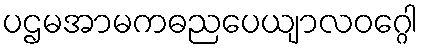
ပဌမအာမကဓညပေယျာလဝဂ္ဂေါ